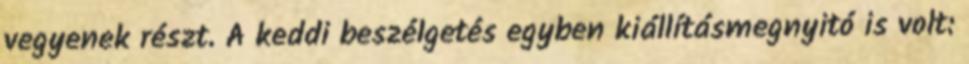
vegyenek részt. A keddi beszélgetés egyben kiállításmegnyitó is volt: